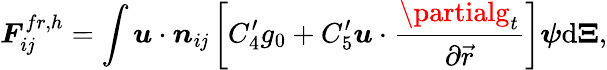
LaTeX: \boldsymbol{F}_{i\mathit{j}}^{fr,h}=\int\boldsymbol{u}\cdot\boldsymbol{n}_{i\mathit{j}}\left[C_{4}^{\prime}g_{0}+C_{5}^{\prime}\boldsymbol{u}\cdot\frac{{\partialg_{t}}}{{\partial\vec{{r}}}}\right]\boldsymbol{\psi}\mathrm{{{d}}}\boldsymbol{\Xi},